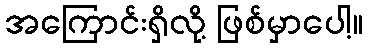
အကြောင်းရှိလို့ ဖြစ်မှာပေါ့။